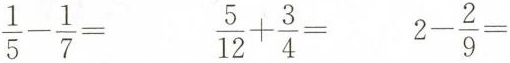
$$\frac{1}{5}- \frac{1}{7}=$$ $$\frac{5}{12}+ \frac{3}{4}=$$ $$2- \frac{2}{9}=$$